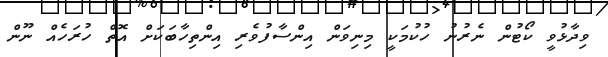
ވިދާޅުވީ ކޯޓުން ނެރުނު ހުކުމަކީ މިނިވަން އިންސާފުވެރި އިންތިހާބަކަށް އޮތް ހުރަހެއް ނޫން